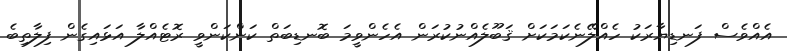
އެއްވެސް ފަނޑިޔާރަކު ހެއްލޭނެކަމަކަށް ޤަބޫލެއްނުކުރަން އެހެންވީމަ ބޮނޑިބަތް ކަންކަންވީ ރޮޓެއްލާ އަޅައިގެން ފިލާތިބެ